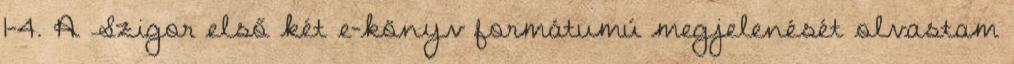
1-4. A Szigor első két e-könyv formátumú megjelenését olvastam